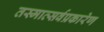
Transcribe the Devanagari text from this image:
तस्मात्सर्वप्रकारेण